Vaccination in Bombay 1924-1928 - 1924-1928
Year: 1924
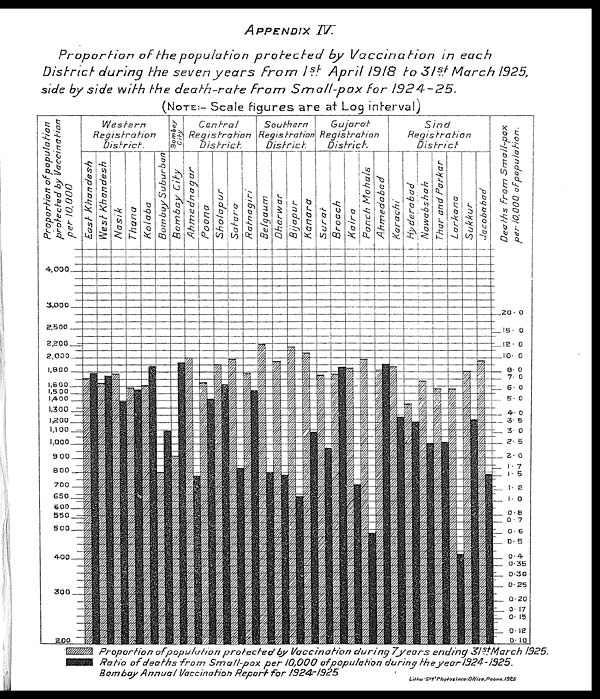
APPENDIX
IV.
Proportion
of the population
protected
by Vaccination
in
each
District
during
the seven years
from
1st April 1918 to 31st March
1925,
side by side with the death-rate
from
Small-pox
for
1924-25.
(NOTE:- Scale figures are at Log interval)